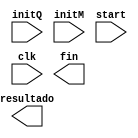
 module booth(input wire [3:0] initQ, initM, input wire start, clk, output wire [7:0] resultado, output wire fin);

wire ResetA, CargaA, DesplazaA, CargaQ, DesplazaQ, CargaM, Resta, cin;
wire [3:0] SalA, SalQ, SalM, B, SalS;
wire SalQ_1;
assign resultado = {SalA, SalQ}; 


endmodule